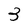
Character: 3